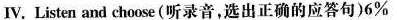
Ⅳ.Listen and choose(听录音,选出正确的应答句)6%